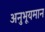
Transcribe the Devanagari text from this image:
अनुभूयमान